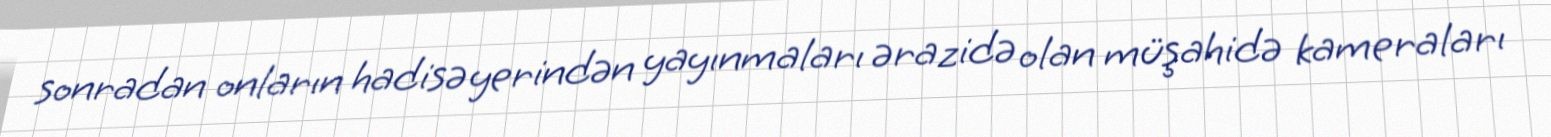
sonradan onların hadisə yerindən yayınmaları ərazidə olan müşahidə kameraları